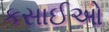
કસાઈઓ